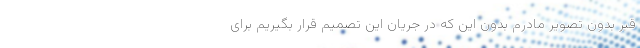
قبر بدون تصویر مادرم بدون این که در جریان این تصمیم قرار بگیریم برای